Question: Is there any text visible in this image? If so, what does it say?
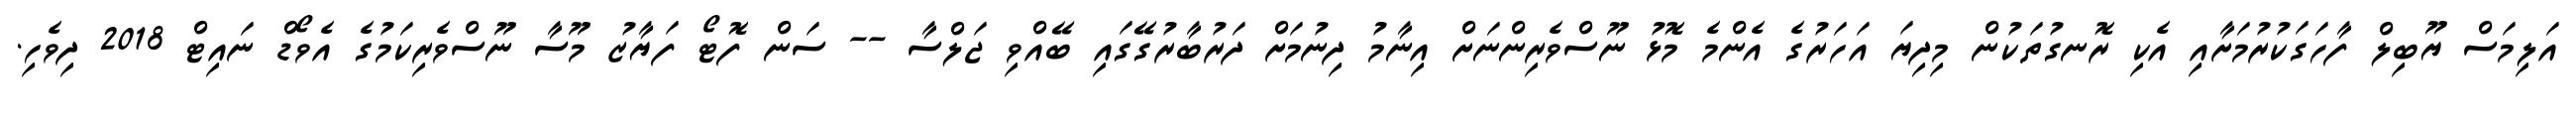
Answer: އަލިމަސް ޔޫބިލް ފާހަގަކުރުމަށާއި އެކި ރޮނގުތަކުން މިދިޔަ އަހަރުގެ އެންމެ މޮޅު ނޫސްވެރިންނަށް އިނާމު ދިނުމަށް ދަރުބާރުގޭގައި ބޭއްވި ޖަލްސާ -- ސަން ފޮޓޯ ފަޔާޒު މޫސާ ނޫސްވެރިކަމުގެ އެވޯޑް ނައިޓް 2018 ދިވެހި.